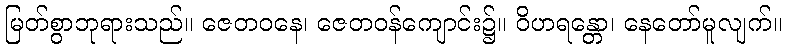
မြတ်စွာဘုရားသည်။ ဇေတဝနေ၊ ဇေတဝန်ကျောင်း၌။ ဝိဟရန္တော၊ နေတော်မူလျက်။